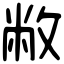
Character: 敝